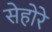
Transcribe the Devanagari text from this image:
सेहोरे